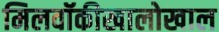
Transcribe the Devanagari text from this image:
मिलवॉकीखालोखाल